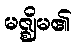
မဇ္ဈိမ၏